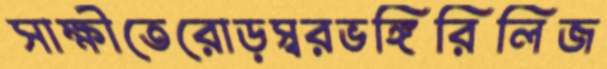
সাক্ষীতেরোড়স্বরভঙ্গিরিলিজ